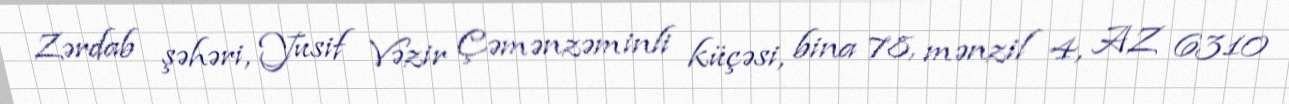
Zərdab şəhəri, Yusif Vəzir Çəmənzəminli küçəsi, bina 78, mənzil 4, AZ 6310